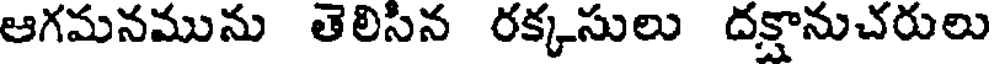
ఆగమనమును తెలిసిన రక్కసులు దక్షానుచరులు